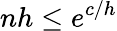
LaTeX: nh\le e^{c/h}